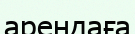
арендаға